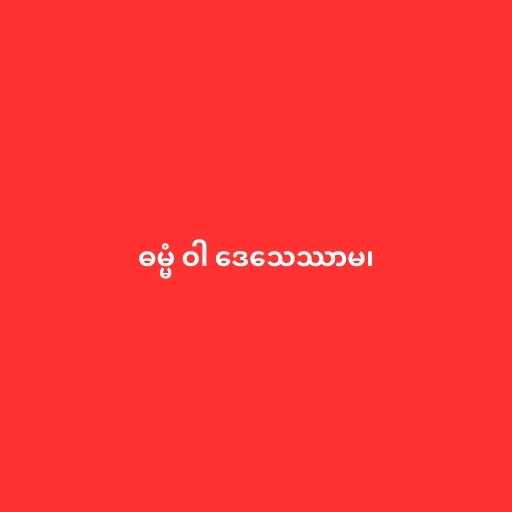
ဓမ္မံ ဝါ ဒေသေဿာမ၊